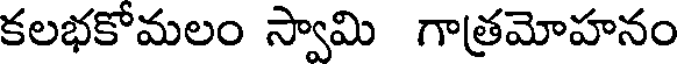
కలభకోమలం స్వామి గాత్రమోహనం